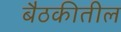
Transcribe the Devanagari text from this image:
बैठकीतील